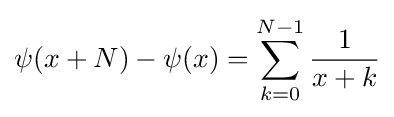
\psi (x+N)-\psi (x)=\sum _{k=0}^{N-1}{\frac {1}{x+k}}